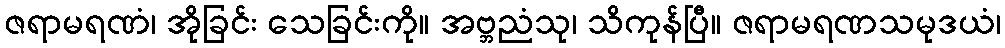
ဇရာမရဏံ၊ အိုခြင်း သေခြင်းကို။ အဗ္ဘညံသု၊ သိကုန်ပြီ။ ဇရာမရဏသမုဒယံ၊